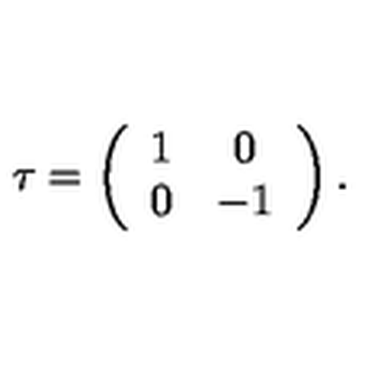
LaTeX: \tau = \left( \begin{array} { c c } { 1 } & { 0 } \\ { 0 } & { - 1 } \\ \end{array} \right) .